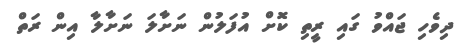
ދިވެހި ޖައްވު ގައި ރީތި ކޮށް އުފަލުން ނަށާލަ ނަށާލާ އިން ރަތް